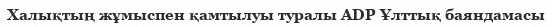
Халықтың жұмыспен қамтылуы туралы ADP Ұлттық баяндамасы